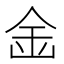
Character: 𱐏